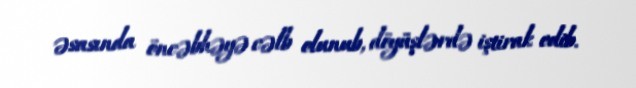
əsasında öncəbhəyə cəlb olunub, döyüşlərdə iştirak edib.